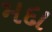
મદા